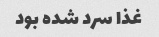
غذا سرد شده بود